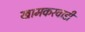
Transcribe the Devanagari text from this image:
खामकरवाडी